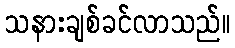
သနားချစ်ခင်လာသည်။